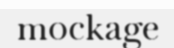
mockage